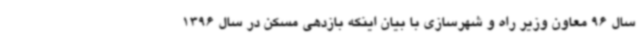
سال 96 معاون وزیر راه و شهرسازی با بیان اینکه بازدهی مسکن در سال 1396